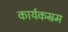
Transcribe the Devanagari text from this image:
कार्यकम्रम